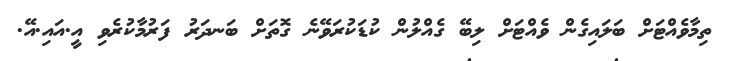
ތިމާވެއްޓަށް ބަލައިގެން ވެއްޓަށް ލިބޭ ގެއްލުން ކުޑަކުރަވޭނެ ގޮތަށް ބަނދަރު ފަރުމާކުރެވި އީ.އައި.އޭ.